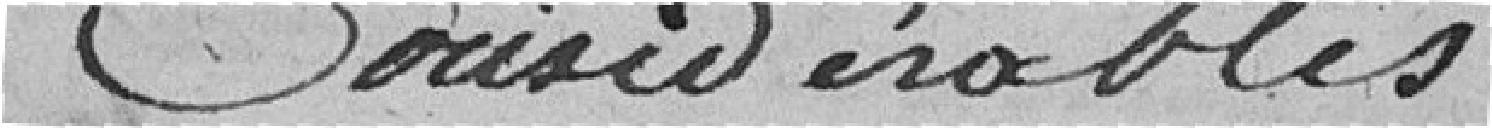
considérables